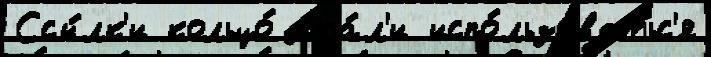
Ссы́лк'и кольцо́ ста́л'и испо́льзоватьс'я